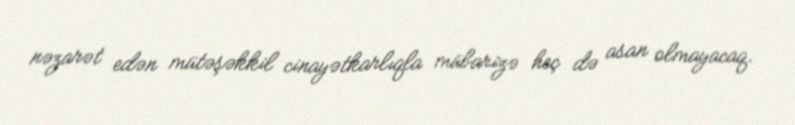
nəzarət edən mütəşəkkil cinayətkarlıqla mübarizə heç də asan olmayacaq.